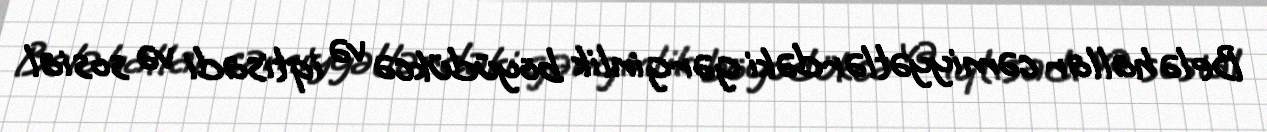
Belə hallar cəmiyyətlərdəki gərginlik böyüdükcə və iqtisadi və sosial